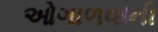
ઓગાળવાની